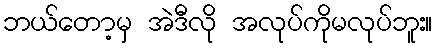
ဘယ်တော့မှ အဲဒီလို အလုပ်ကိုမလုပ်ဘူး။